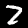
Label: 2